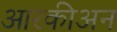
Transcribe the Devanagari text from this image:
आरकीअन